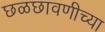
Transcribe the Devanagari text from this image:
छळछावणीच्या